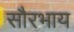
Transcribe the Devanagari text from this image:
सौरभाय